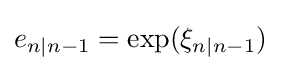
e_{n|n-1}=\exp(\xi _{n|n-1})